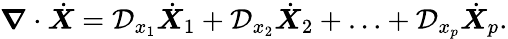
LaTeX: \boldsymbol{\nabla}\cdot\dot{\boldsymbol{X}}=\mathcal{D}_{x_{1}}\dot{\boldsymbol{X}}_{1}+\mathcal{D}_{x_{2}}\dot{\boldsymbol{X}}_{2}+\ldots+\mathcal{D}_{x_{p}}\dot{\boldsymbol{X}}_{p}.